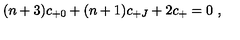
( n + 3 ) c _ { + 0 } + ( n + 1 ) c _ { + J } + 2 c _ { + } = 0 \ ,